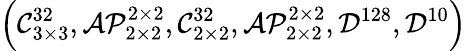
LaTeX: \left(\mathcal{C}_{3\times 3}^{32},\mathcal{AP}_{2\times 2}^{2\times 2},\mathcal{C}_{2\times 2}^{32},\mathcal{AP}_{2\times 2}^{2\times 2},\mathcal{D}^{128},\mathcal{D}^{10}\right)